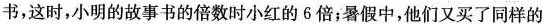
书，这时，小明的故事书的倍数时小红的6倍；暑假中，他们又买了同样的